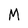
Character: M